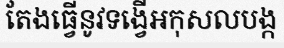
តែងធ្វើនូវទង្វើអកុសលបង្ក